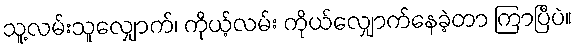
သူ့လမ်းသူလျှောက်၊ ကိုယ့်လမ်း ကိုယ်လျှောက်နေခဲ့တာ ကြာပြီပဲ။